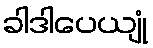
ခါဒါပေယျုံ